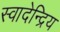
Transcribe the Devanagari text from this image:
स्वादेन्द्रिय